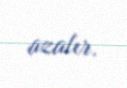
azalır.